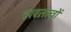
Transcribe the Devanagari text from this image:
सरतत्वों